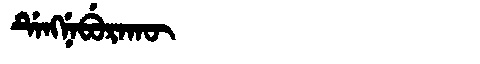
Manchu: ᡩᡝᠩᠨᡝᠪᡠᡵᠠᡴᡡ
Romanization: DENGNEBURAKŪ